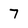
Character: 7